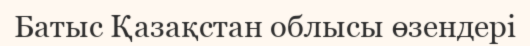
Батыс Қазақстан облысы өзендері